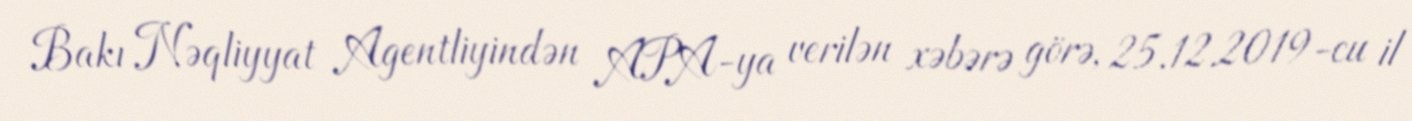
Bakı Nəqliyyat Agentliyindən APA-ya verilən xəbərə görə, 25.12.2019-cu il